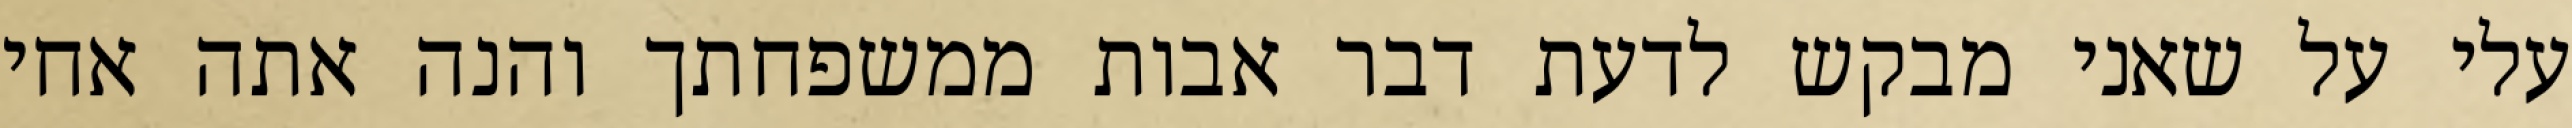
עלי על שאני מבקש לדעת דבר אבות ממשפחתך והנה אתה אחי